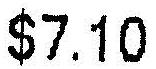
$7.10